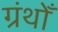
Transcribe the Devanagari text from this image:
ग्रंथोँ